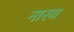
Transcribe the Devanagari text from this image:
नारथ